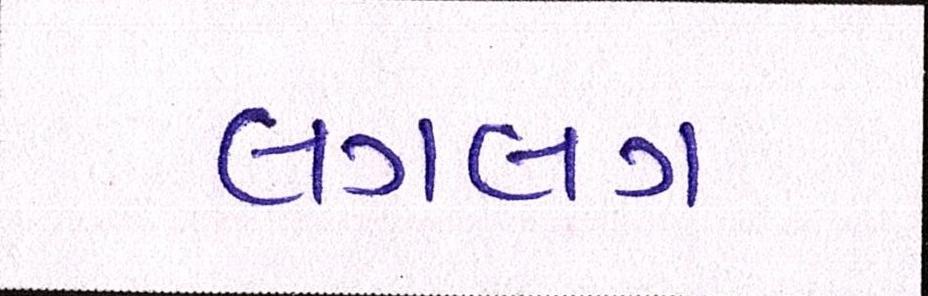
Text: લગભગ